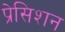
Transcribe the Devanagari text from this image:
प्रेसिशन